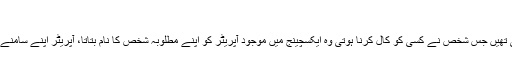
فون نمبر کی ایجاد:
فون نمبر ایجاد کئے جانے سے پہلے فون کالیں فون کے مالک کے نام کے ذریعے کی جاتی تھیں جس شخص نے کسی کو کال کرنا ہوتی وہ ایکسچینج میں موجود آپریٹر کو اپنے مطلوبہ شخص کا نام بتاتا، آپریٹر اپنے سامنے موجود بہت سی ٹیلی فون لائنوں میں سے ایک لائن کے ذریعے اس شخص سے کال ملادیتا۔